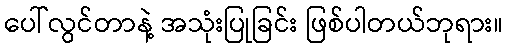
ပေါ်လွင်တာနဲ့ အသုံးပြုခြင်း ဖြစ်ပါတယ်ဘုရား။